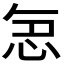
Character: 𭜤